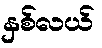
နှစ်လယ်